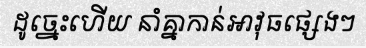
ដូច្នេះហើយ នាំគ្នាកាន់អាវុធផ្សេងៗ